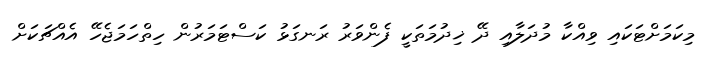
މިކަމަށްޓަކައި ވިއްކާ މުދަލާއި ދޭ ޚިދުމަތަކީ ފެންވަރު ރަނގަޅު ކަސްޓަމަރުން ހިތްހަމަޖެހޭ އެއްޗަކަށް